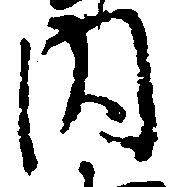
内